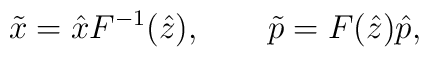
\tilde x=\hat x F^{-1}(\hat z), \qquad \tilde p= F(\hat z)\hat p,